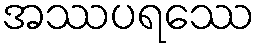
အဿပရဿေ